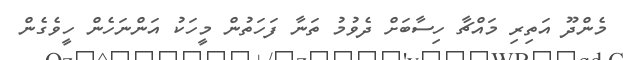
މެންދޫ އަތިރި މައްޗާ ހިސާބަށް ދެވުމު ތަނާ ފަހަތުން މީހަކު އަންނަހެން ހީވެގެން